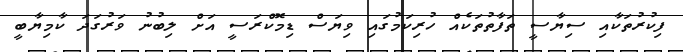
ފިކުރުތަކާއި ސިޔާސީ ތަފާތުތަކެއް ހުރިކަމުގައި ވިޔަސް ޑިމޮކްރަސީ އަށް ލިބުނު ވަރުގަދަ ކާމިޔާބީ